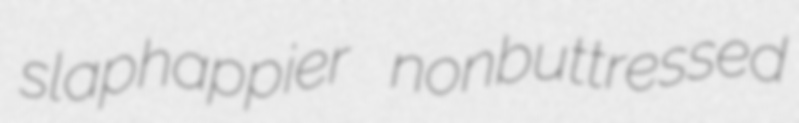
slaphappier nonbuttressed